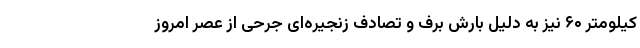
کیلومتر ۶۰ نیز به دلیل بارش برف و تصادف زنجیره‌ای جرحی از عصر امروز